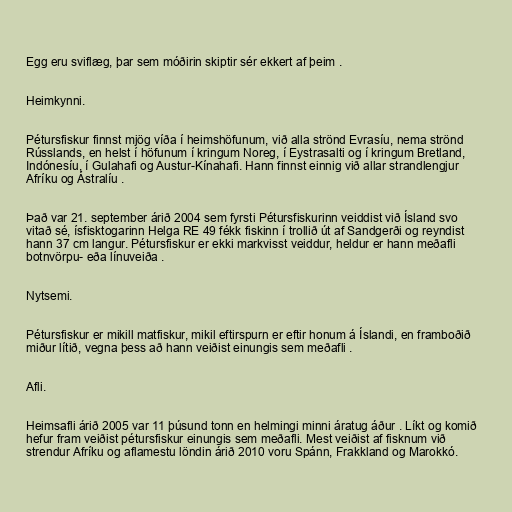
Egg eru sviflæg, þar sem móðirin skiptir sér ekkert af þeim .

Heimkynni.

Pétursfiskur finnst mjög víða í heimshöfunum, við alla strönd Evrasíu, nema strönd
Rússlands, en helst í höfunum í kringum Noreg, í Eystrasalti og í kringum Bretland,
Indónesíu, í Gulahafi og Austur-Kínahafi. Hann finnst einnig við allar strandlengjur
Afríku og Ástralíu .

Það var 21. september árið 2004 sem fyrsti Pétursfiskurinn veiddist við Ísland svo
vitað sé, ísfisktogarinn Helga RE 49 fékk fiskinn í trollið út af Sandgerði og reyndist
hann 37 cm langur. Pétursfiskur er ekki markvisst veiddur, heldur er hann meðafli
botnvörpu- eða línuveiða .

Nytsemi.

Pétursfiskur er mikill matfiskur, mikil eftirspurn er eftir honum á Íslandi, en framboðið
miður lítið, vegna þess að hann veiðist einungis sem meðafli .

Afli.

Heimsafli árið 2005 var 11 þúsund tonn en helmingi minni áratug áður . Líkt og komið
hefur fram veiðist pétursfiskur einungis sem meðafli. Mest veiðist af fisknum við
strendur Afríku og aflamestu löndin árið 2010 voru Spánn, Frakkland og Marokkó.